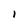
Character: I